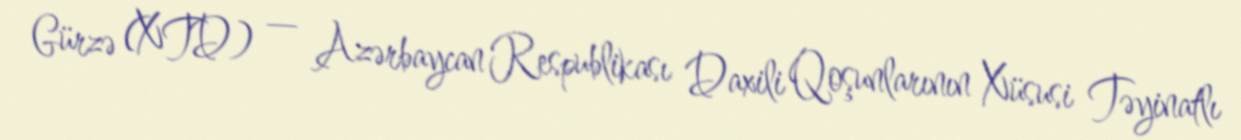
Gürzə (XTD) — Azərbaycan Respublikası Daxili Qoşunlarının Xüsusi Təyinatlı